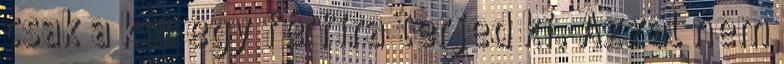
csak a két egy férfira terjed ki. Azzal nem